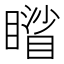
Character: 𥋐